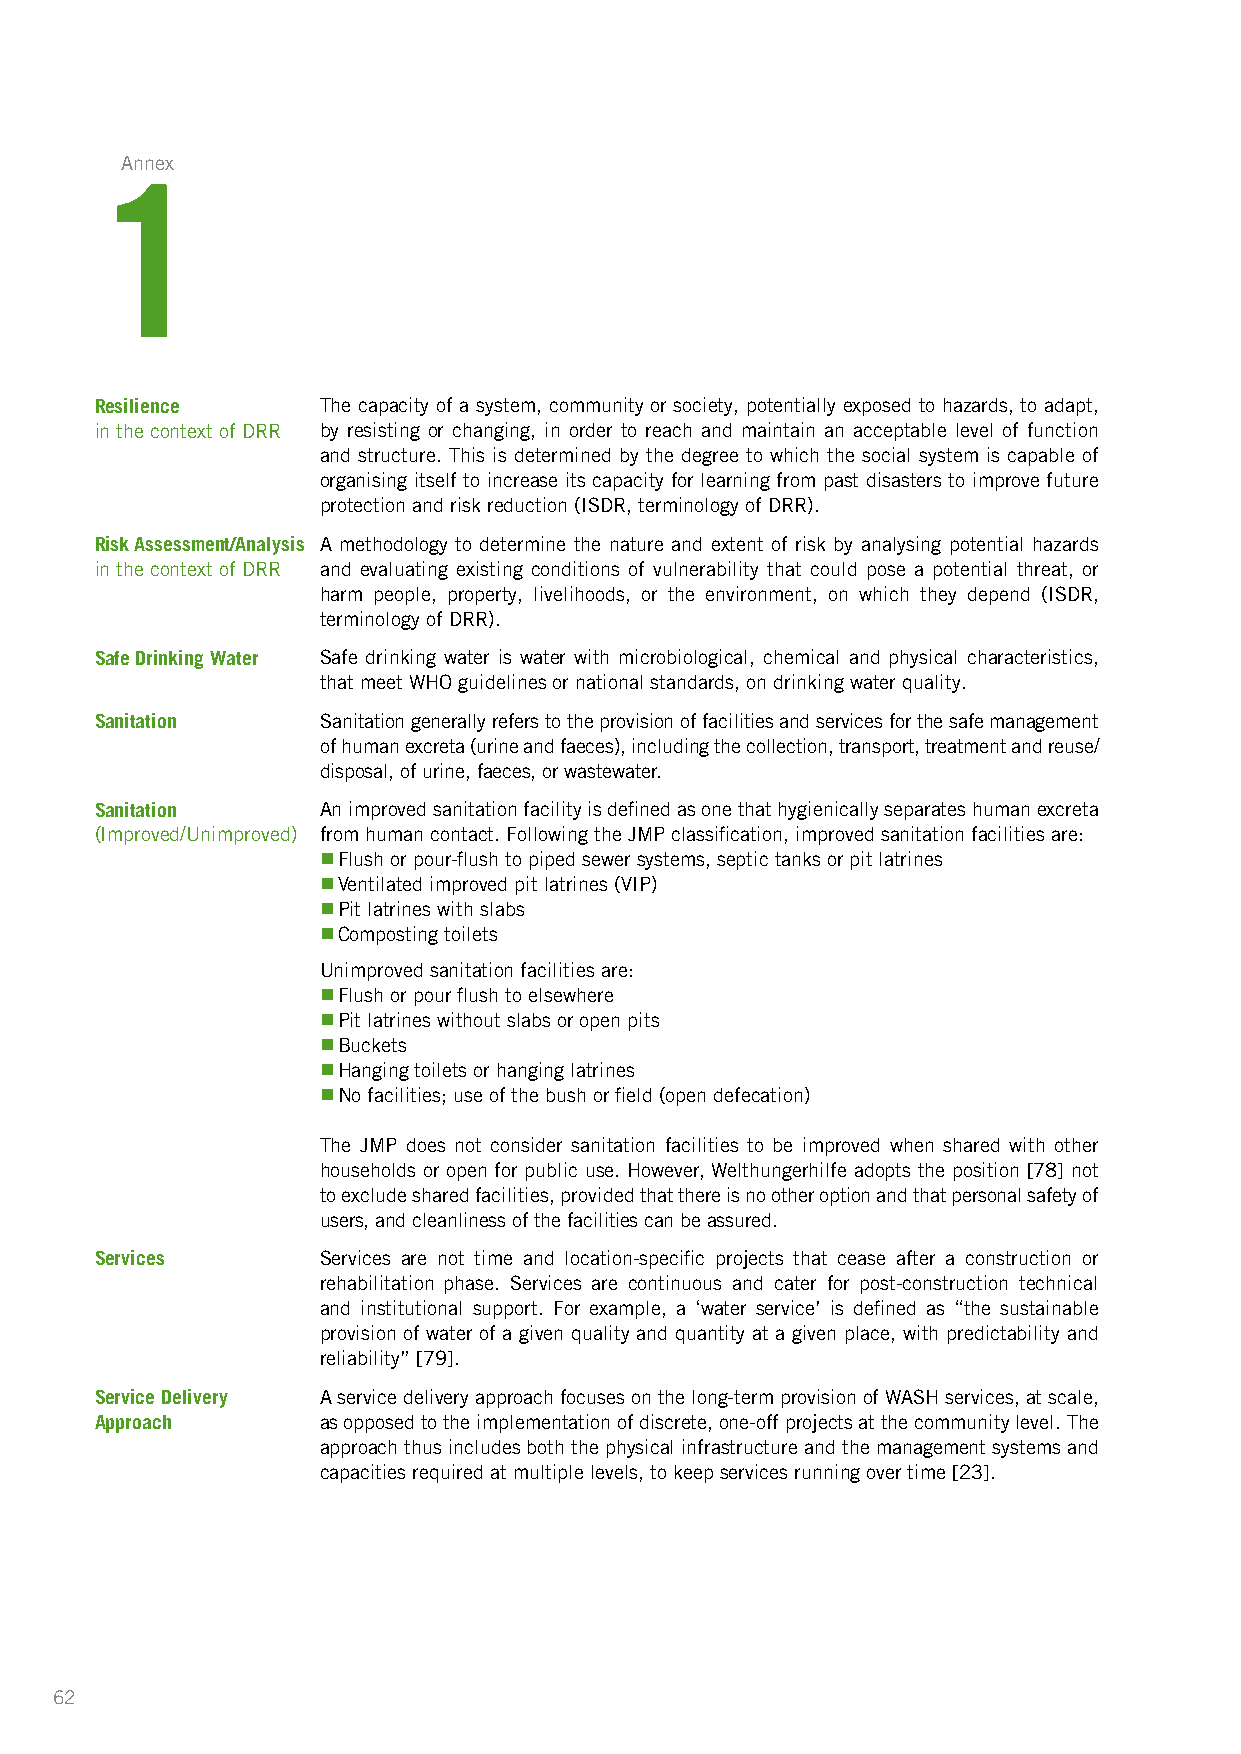
Annex
 1
 Resilience     The capacity of a system, community or society, potentially exposed to hazards, to adapt,
 in the context of DRR by resisting or changing, in order to reach and maintain an acceptable level of function
 and structure. This is determined by the degree to which the social system is capable of
 organising itself to increase its capacity for learning from past disasters to improve future
 protection and risk reduction (ISDR, terminology of DRR).
 Risk Assessment/Analysis A methodology to determine the nature and extent of risk by analysing potential hazards
 in the context of DRR and evaluating existing conditions of vulnerability that could pose a potential threat, or
 harm people, property, livelihoods, or the environment, on which they depend (ISDR,
 terminology of DRR).
 Safe Drinking Water Safe drinking water is water with microbiological, chemical and physical characteristics,
 that meet WHO guidelines or national standards, on drinking water quality.
 Sanitation     Sanitation generally refers to the provision of facilities and services for the safe management
 of human excreta (urine and faeces), including the collection, transport, treatment and reuse/
 disposal, of urine, faeces, or wastewater .
 Sanitation     An improved sanitation facility is defined as one that hygienically separates human excreta
 (Improved/Unimproved) from human contact. Following the JMP classification, improved sanitation facilities are:
 n Flush or pour-flush to piped sewer systems, septic tanks or pit latrines
 n Ventilated improved pit latrines (VIP)
 n Pit latrines with slabs
 n Composting toilets
 Unimproved sanitation facilities are:
 n Flush or pour flush to elsewhere
 n Pit latrines without slabs or open pits
 n Buckets
 n Hanging toilets or hanging latrines
 n No facilities; use of the bush or field (open defecation)
 The JMP does not consider sanitation facilities to be improved when shared with other
 households or open for public use. However, Welthungerhilfe adopts the position [78] not
 to exclude shared facilities, provided that there is no other option and that personal safety of
 users, and cleanliness of the facilities can be a ssured.
 Services       Services are not time and location-specific projects that cease after a construction or
 rehabilitation phase. Services are continuous and cater for post-construction technical
 and institutional support. For example, a ‘water service’ is defined as “the sustainable
 provision of water of a given quality and quantity at a given place, with predictability and
 reliability” [79].
 Service Delivery A service delivery approach focuses on the long-term provision of WASH services, at scale,
 Approach       as opposed to the implementation of discrete, one-off projects at the community level. The
 approach thus includes both the physical infrastructure and the management systems and
 capacities required at multiple levels, to keep services running over time [23].
 62